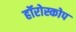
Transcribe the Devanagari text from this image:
हॉरोस्कोप